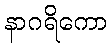
နာဂရိကော